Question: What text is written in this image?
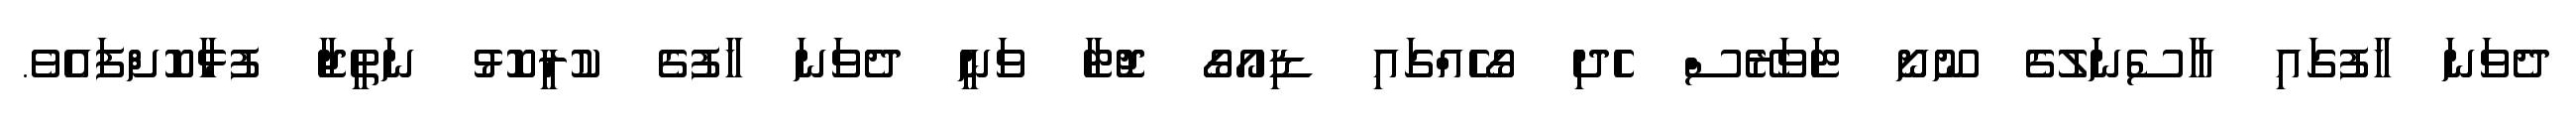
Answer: ދެވަނަ ހާފުގައި އާސެނަލުގެ ނޫނޯ ޓަވަރޭސް ހެދި ގޯހެއްގައި ޑިއޯގޯ ޖޮޓާ ވަނީ ދެވަނަ ހާފުގެ ކުރީކޮޅު ނަތީޖާ ފުޅާކޮށްފައެވެ.